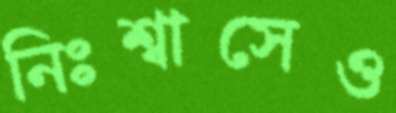
নিঃশ্বাসেও